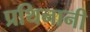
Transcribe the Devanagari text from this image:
प्रथिनानी